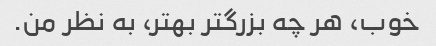
خوب، هر چه بزرگتر بهتر، به نظر من.